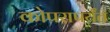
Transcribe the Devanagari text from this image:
कोपरापर्यंत